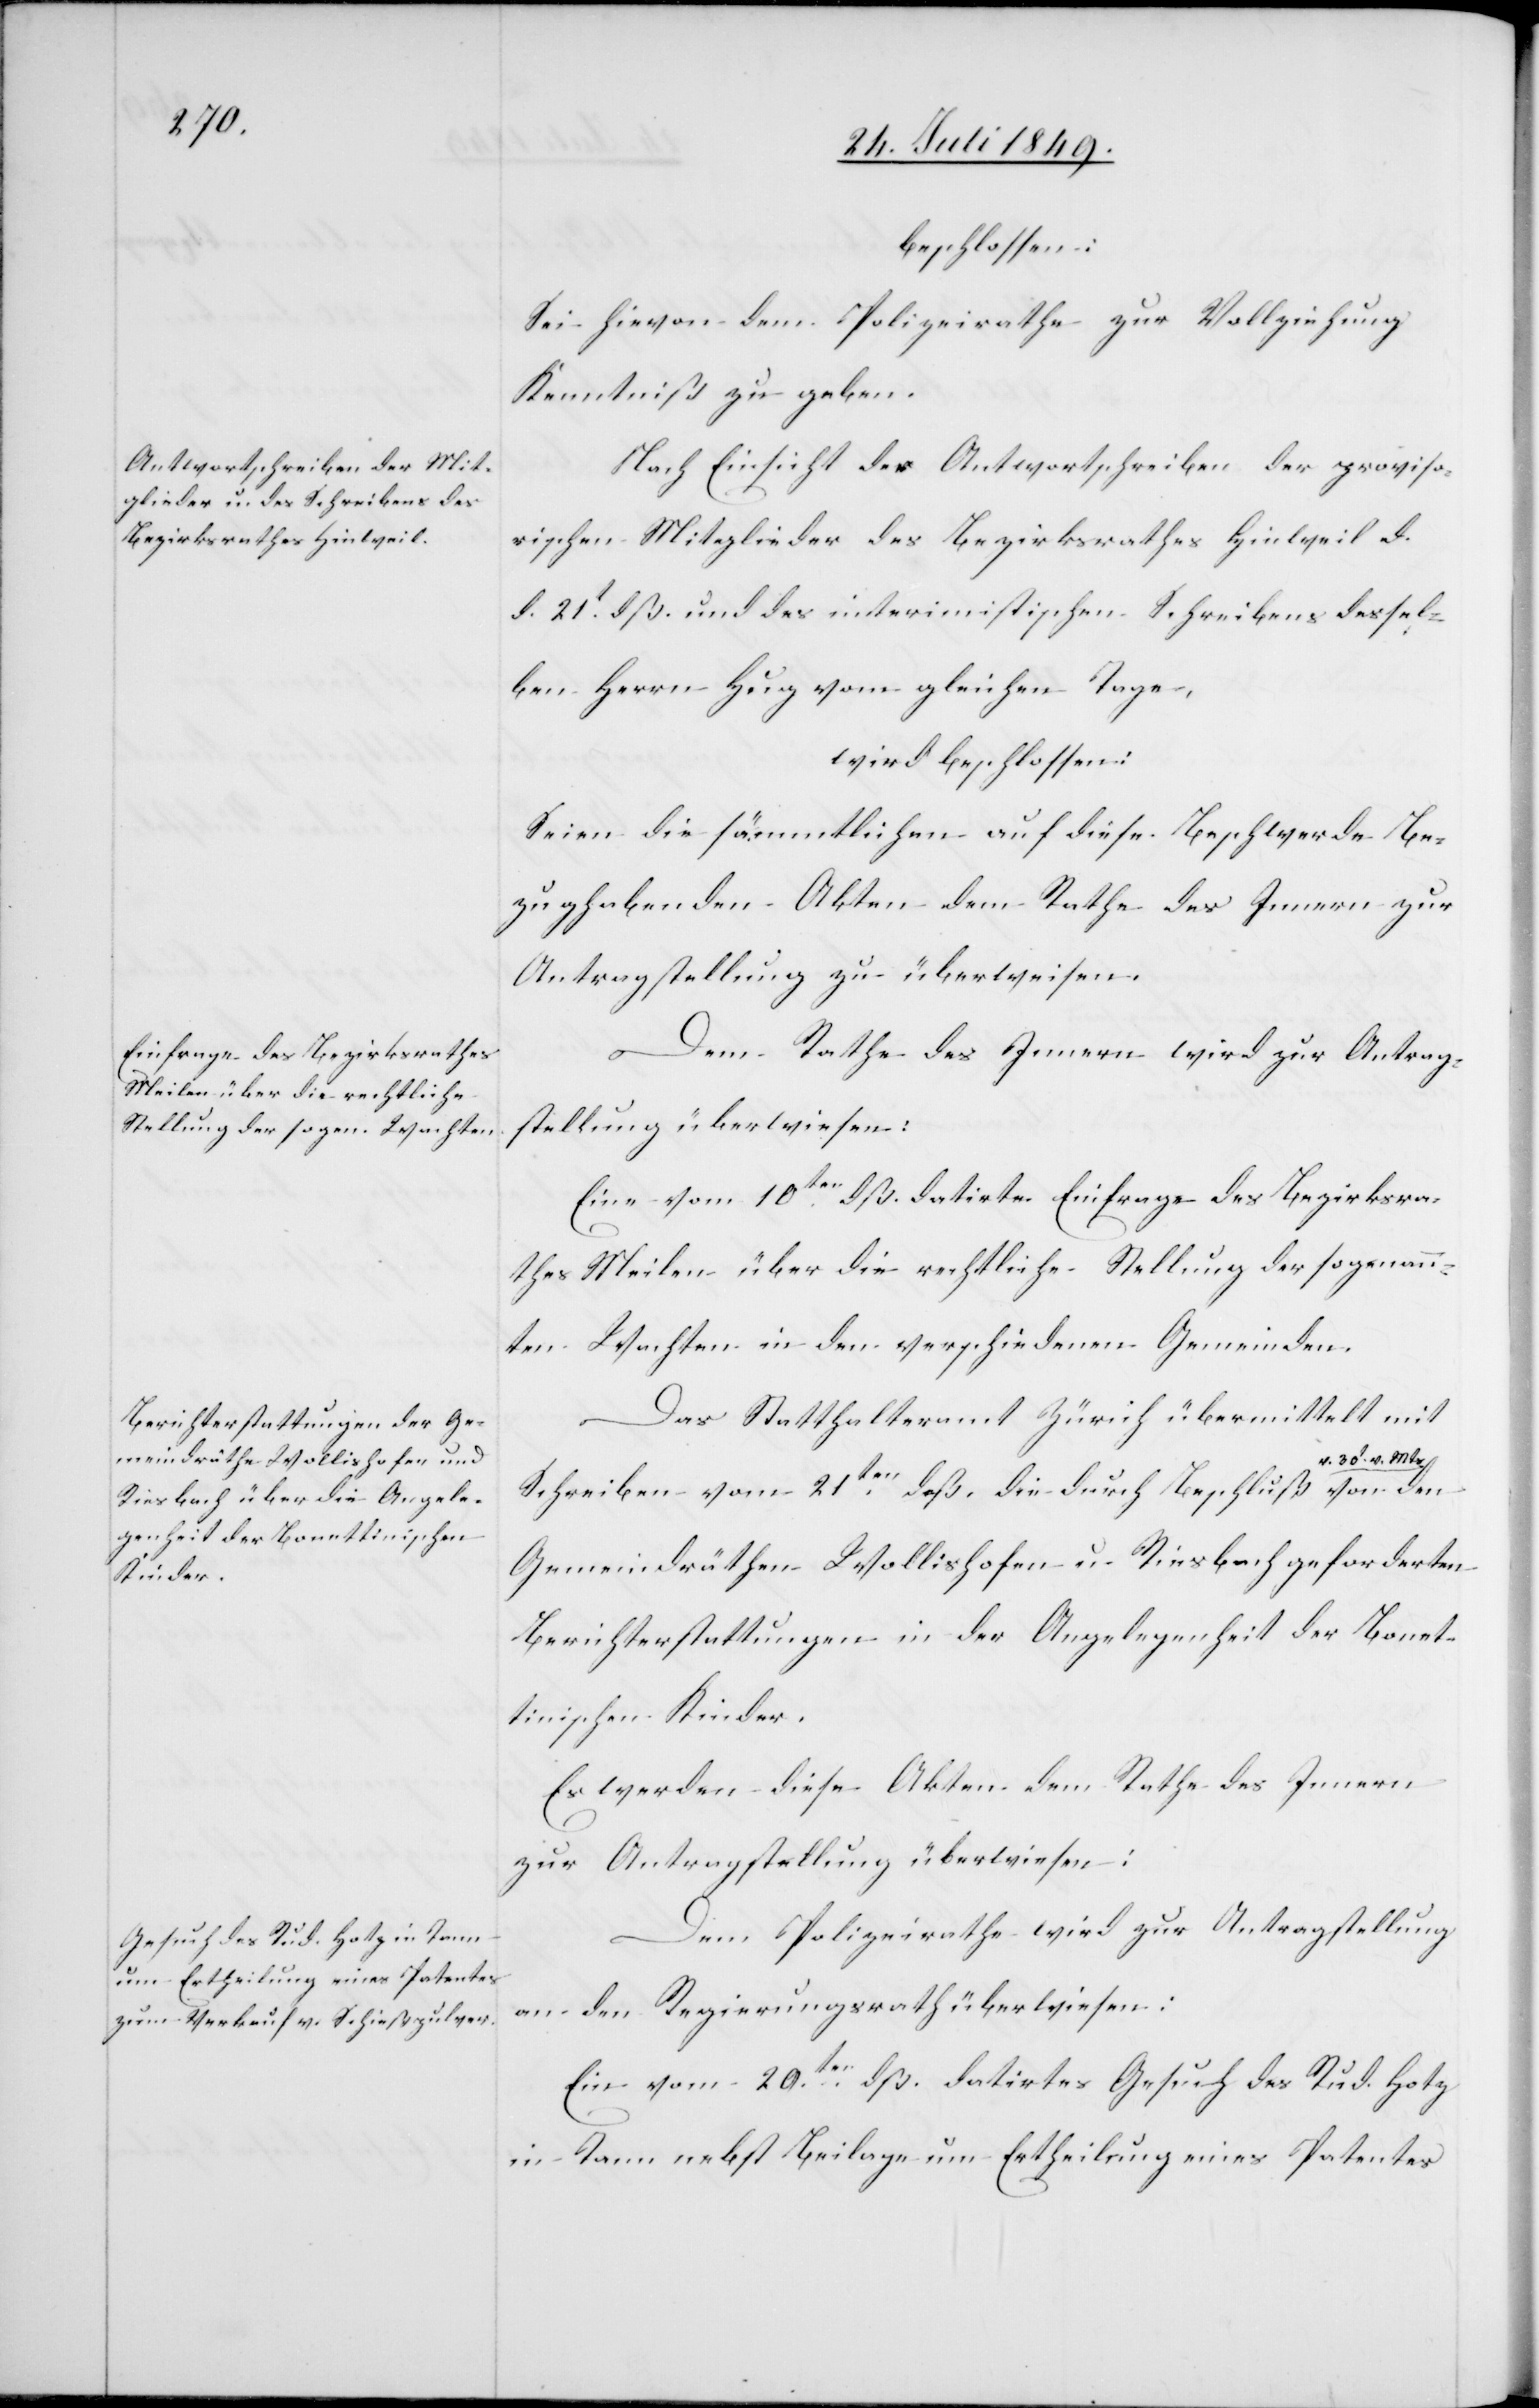
beschlossen:
Sei hievon dem Polizeirathe zur Vollziehung
Kenntniß zu geben.
Nach Einsicht des Antwortschreibens der proviso¬
rischen Mitglieder des Bezirksrathes Hinweil d.
d. 21t dß. und des interimistischen Schreibens dessel¬
ben Herrn Hug vom gleichen Tage,
wird beschlossen:
Seien die sämmtlichen auf diese Beschwerde be¬
zughabenden Akten dem Rathe des Innern zur
Antragstellung zu überweisen.
Dem Rathe des Innern wird zur Antrag¬
stellung überwiesen:
Eine vom 10ten dß. datirte Einfrage des Bezirksra¬
thes Meilen über die rechtliche Stellung der sogenann¬
ten Wachten in den verschiedenen Gemeinden.
Das Statthalteramt Zürich übermittelt mit
Schreiben vom 21ten dß. die durch Beschluß a-v. 30t
Gemeindräthen Wollishofen u. Riesbach geforderten
Berichterstattungen in der Angelegenheit der Bonet¬
tinischen Kinder.
Es werden diese Akten dem Rathe des Innern
zur Antragstellung überweisen:
Dem Polizeirathe wird zur Antragstellung
an den Regierungsrath überwiesen:
Ein vom 20ten dß. datirtes Gesuch des Rud. Hotz
in Tann nebst Beilage um Ertheilung eines Patentes